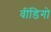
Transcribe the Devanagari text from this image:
वींडिगो